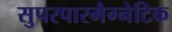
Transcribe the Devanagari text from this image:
सुपरपारमैग्नेटिक